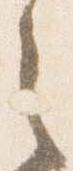
之